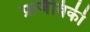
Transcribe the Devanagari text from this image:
प्राजैविकी